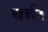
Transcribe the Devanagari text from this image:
चर्चर